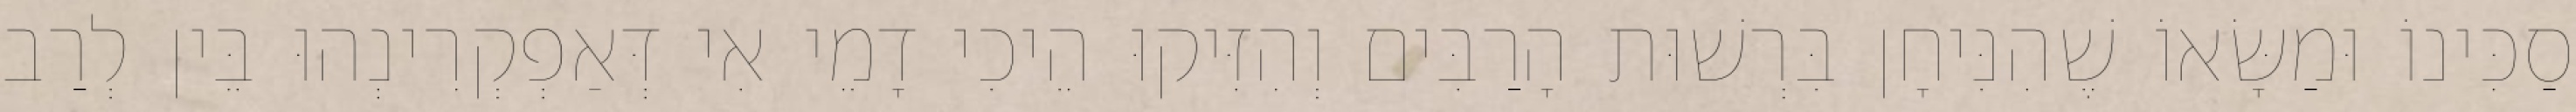
סַכִּינוֹ וּמַשָּׂאוֹ שֶׁהִנִּיחָן בִּרְשׁוּת הָרַבִּים וְהִזִּיקוּ הֵיכִי דָמֵי אִי דְּאַפְקְרִינְהוּ בֵּין לְרַב